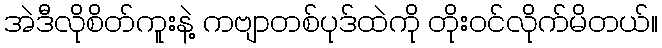
အဲဒီလိုစိတ်ကူးနဲ့ ကဗျာတစ်ပုဒ်ထဲကို တိုးဝင်လိုက်မိတယ်။